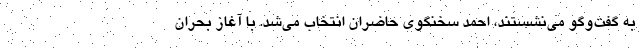
به گفت‌وگو می‌نشستند، احمد سخنگوی حاضران انتخاب می‌شد. با آغاز بحران